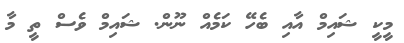
މީކީ ޝައިމް އާއި ބެހޭ ކަމެއް ނޫން. ޝައިމް ވެސް ތީ މާ